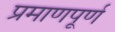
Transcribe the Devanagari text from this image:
प्रमाणपूर्ण